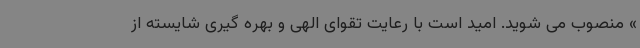
» منصوب می شوید. امید است با رعایت تقوای الهی و بهره گیری شایسته از